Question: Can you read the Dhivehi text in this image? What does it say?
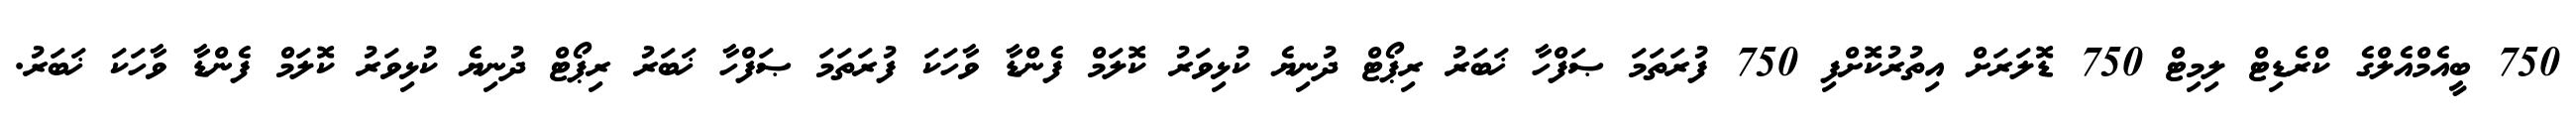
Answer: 750 ބީއެމްއެލްގެ ކްރެޑިޓް ލިމިޓް 750 ޑޮލަރަށް އިތުރުކޮށްފި 750 ފުރަތަމަ ޞަފްހާ ޚަބަރު ރިޕޯޓް ދުނިޔެ ކުޅިވަރު ކޮލަމް ފެންޑާ ވާހަކަ ފުރަތަމަ ޞަފްހާ ޚަބަރު ރިޕޯޓް ދުނިޔެ ކުޅިވަރު ކޮލަމް ފެންޑާ ވާހަކަ ޚަބަރު.